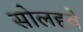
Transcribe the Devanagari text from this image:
सोलहवे